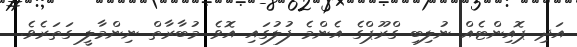
އަދި ޕޮއިންޓެއް ނުލިބި ގްރޫޕްގެ އެންމެ ފުލުގައި އޮވެ މުބާރާތް ނިންމާލީ ގަތަރެވެ.